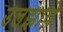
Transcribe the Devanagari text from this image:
उलझाये